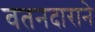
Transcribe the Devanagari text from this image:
वतनदाराने